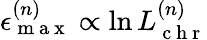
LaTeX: \epsilon_{\mathrm{~m~a~x~}}^{(n)}\propto\ln L_{\mathrm{~c~h~r~}}^{(n)}